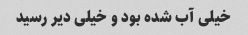
خیلی آب شده بود و خیلی دیر رسید